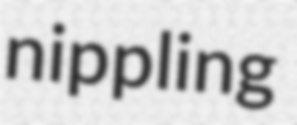
nippling